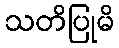
သတိပြုမိ